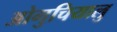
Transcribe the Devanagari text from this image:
ओगुचियालु